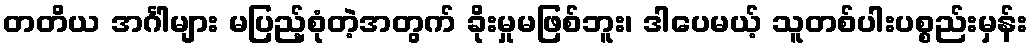
တတိယ အင်္ဂါများ မပြည့်စုံတဲ့အတွက် ခိုးမှုမဖြစ်ဘူး၊ ဒါပေမယ့် သူတစ်ပါးပစ္စည်းမှန်း